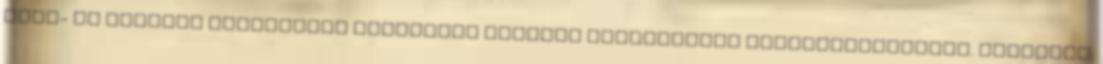
édes- és sósvízi akváriumok optimális szilika tartalmának meghatározásához. Tartalma: